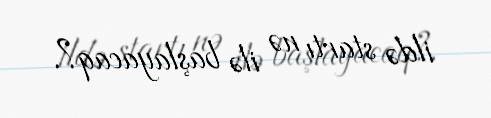
ildə startı nə ilə başlayacaq?.